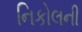
નિકોલની